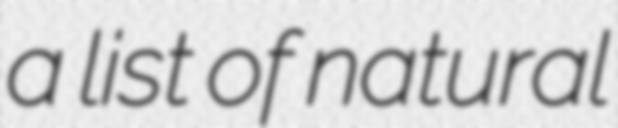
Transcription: a list of natural